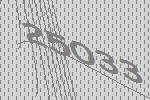
25033